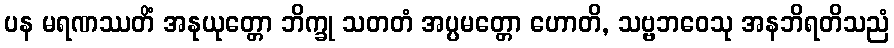
ပန မရဏဿတိံ အနုယုတ္တော ဘိက္ခု သတတံ အပ္ပမတ္တော ဟောတိ, သဗ္ဗဘဝေသု အနဘိရတိသညံ